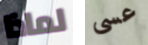
لماذا عسى